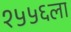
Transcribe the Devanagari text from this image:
१५५६ला